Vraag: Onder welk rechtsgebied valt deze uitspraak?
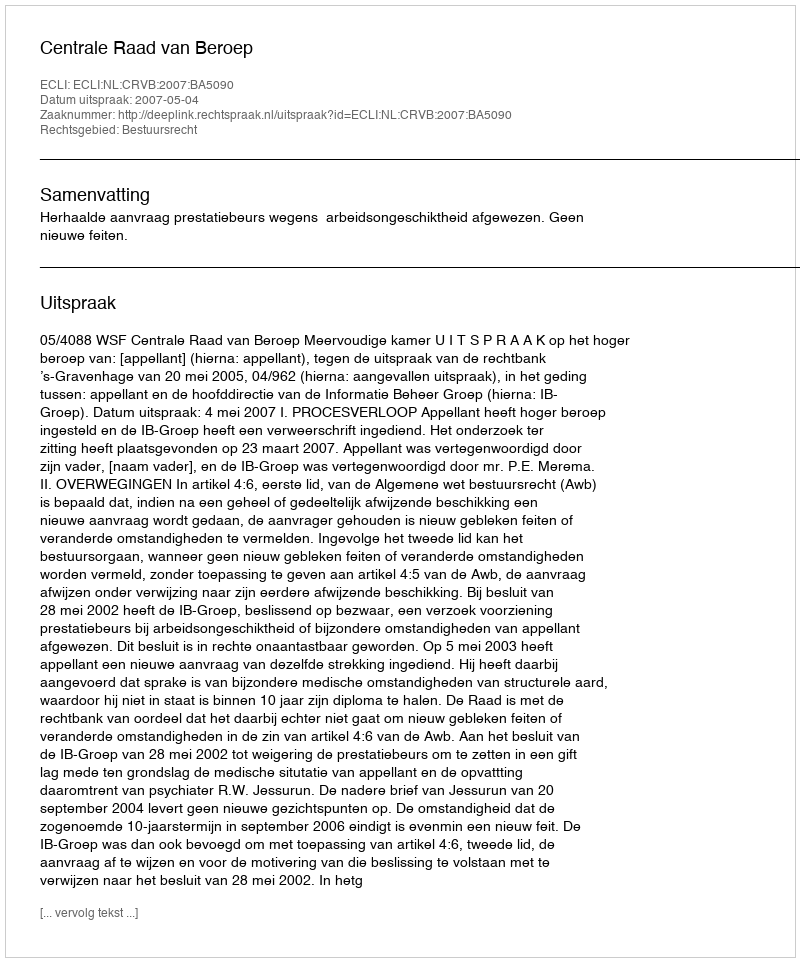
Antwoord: Bestuursrecht